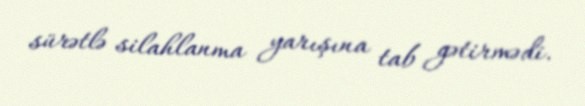
sürətlə silahlanma yarışına tab gətirmədi.